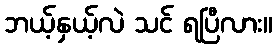
ဘယ့်နှယ့်လဲ သင် ရပြီလား။